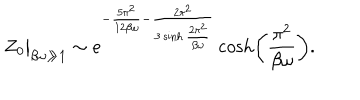
Z _ { 0 } \big | _ { \beta \omega \gg 1 } \sim e ^ { - \frac { 5 \pi ^ { 2 } } { 1 2 \beta \omega } - \frac { 2 \pi ^ { 2 } } { 3 \sinh \frac { 2 \pi ^ { 2 } } { \beta \omega } } } \cosh \biggl ( \frac { \pi ^ { 2 } } { \beta \omega } \biggr ) .